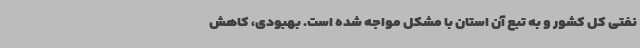
نفتی کل کشور و به تبع آن استان با مشکل مواجه شده است. بهبودی، کاهش